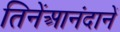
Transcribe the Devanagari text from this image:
तिनेंआनंदानें